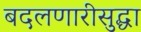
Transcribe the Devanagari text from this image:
बदलणारीसुद्धा